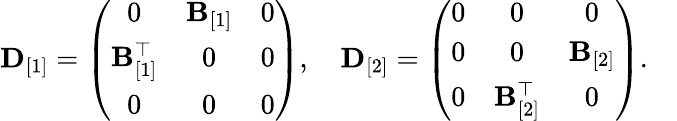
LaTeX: \begin{array}{r}{{\mathbf D}_{[1]}=\left(\begin{array}{ccc}{0}&{{\mathbf B}_{[1]}}&{0}\\ {{\mathbf B}_{[1]}^{\top}}&{0}&{0}\\ {0}&{0}&{0}\end{array}\right),\quad{\mathbf D}_{[2]}=\left(\begin{array}{ccc}{0}&{0}&{0}\\ {0}&{0}&{{\mathbf B}_{[2]}}\\ {0}&{{\mathbf B}_{[2]}^{\top}}&{0}\end{array}\right).\quad}\end{array}